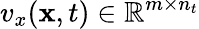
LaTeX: v_{x}(\mathbf{x},t)\in\mathbb{R}^{m\times n_{t}}